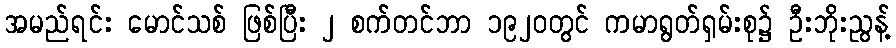
အမည်ရင်း မောင်သစ် ဖြစ်ပြီး ၂ စက်တင်ဘာ ၁၉၂၀တွင် ကမာရွတ်ရှမ်းစု၌ ဦးဘိုးညွန့်